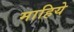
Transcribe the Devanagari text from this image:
माहिये